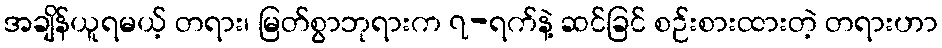
အချိန်ယူရမယ့် တရား၊ မြတ်စွာဘုရားက ၇-ရက်နဲ့ ဆင်ခြင် စဉ်းစားထားတဲ့ တရားဟာ